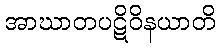
အာဃာတပဋိဝိနယာတိ